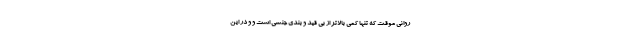
روانی موقت که تنها کمی بالاتر از بی قید و بندی جنسی است و و در این